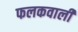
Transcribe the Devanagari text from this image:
फलकवाली